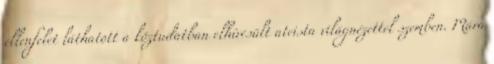
ellenfelet láthatott a köztudatban elhíresült ateista világnézettel szemben. Mára